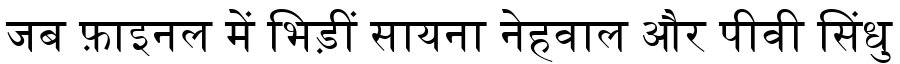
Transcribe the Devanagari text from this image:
जब फ़ाइनल में भिड़ीं सायना नेहवाल और पीवी सिंधु